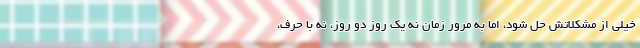
خیلی از مشکلاتش حل شود، اما به مرور زمان نه یک روز دو روز، نه با حرف،